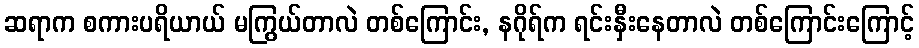
ဆရာက စကားပရိယာယ် မကြွယ်တာလဲ တစ်ကြောင်း, နဂိုရ်က ရင်းနှီးနေတာလဲ တစ်ကြောင်းကြောင့်